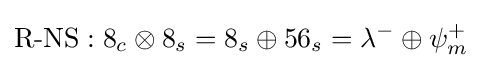
{\text{R-NS}}:8_{c}\otimes 8_{s}=8_{s}\oplus 56_{s}=\lambda ^{-}\oplus \psi _{m}^{+}